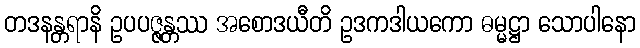
တဒနန္တရာနိ ဥပပဇ္ဇန္တဿ အစောဒယီတိ ဥဒကဒါယကော ဓမ္မဋ္ဌာ သောပါနော